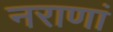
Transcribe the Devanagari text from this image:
नराणां